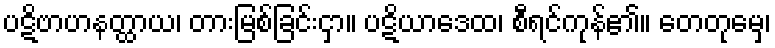
ပဋိဗာဟနတ္ထာယ၊ တားမြစ်ခြင်းငှာ။ ပဋိယာဒေထ၊ စီရင်ကုန်၏။ တေတုမှေ၊